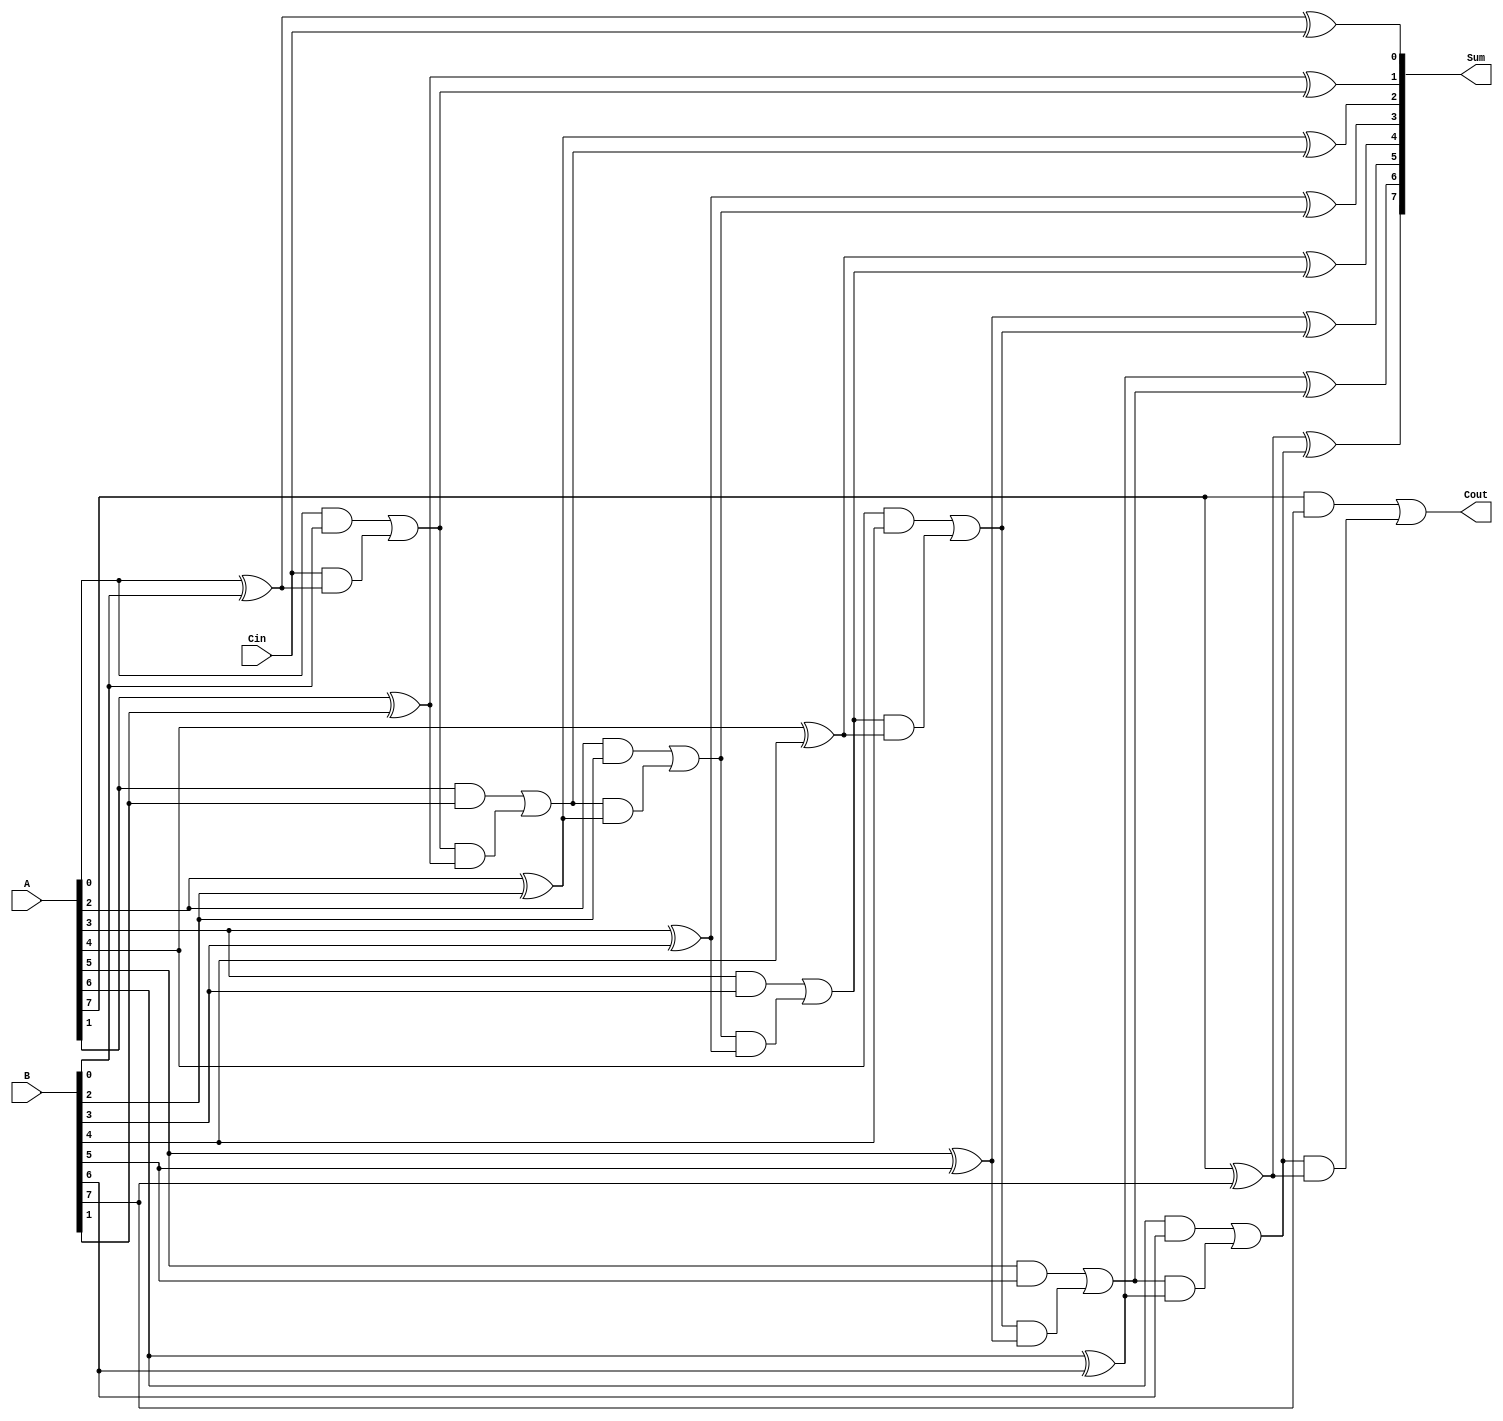
module ManchesterCarryChainAdder #(
    parameter N = 8  // Bit-width of the inputs
)(
    input  wire [N-1:0] A,     // First input vector
    input  wire [N-1:0] B,     // Second input vector
    input  wire Cin,            // Carry-in signal
    output wire [N-1:0] Sum,    // Sum output vector
    output wire Cout            // Carry-out signal
);

    wire [N:0] carry; // Carry signals, N+1 to accommodate carry-out

    // Generate carry signals
    assign carry[0] = Cin; // Initial carry-in

    genvar i;
    generate
        for (i = 0; i < N; i = i + 1) begin : carry_gen
            // Carry generation logic
            assign carry[i + 1] = (A[i] & B[i]) | (carry[i] & (A[i] ^ B[i]));
            // Sum calculation
            assign Sum[i] = A[i] ^ B[i] ^ carry[i];
        end
    endgenerate

    // Final carry-out
    assign Cout = carry[N];

endmodule